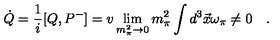
\dot { Q } = \frac { 1 } { i } [ Q , P ^ { - } ] = v \lim _ { m _ { \pi } ^ { 2 } \rightarrow 0 } m _ { \pi } ^ { 2 } \int d ^ { 3 } \vec { x } \omega _ { \pi } \neq 0 \quad .